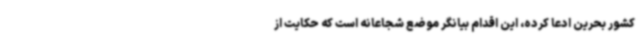
کشور بحرین ادعا کرده، این اقدام بیانگر موضع شجاعانه است که حکایت از